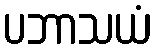
ပဘာသယံ